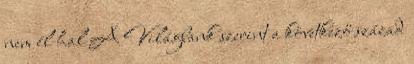
nem él hal A Világbank szerint a következő század